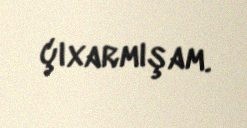
çıxarmışam.